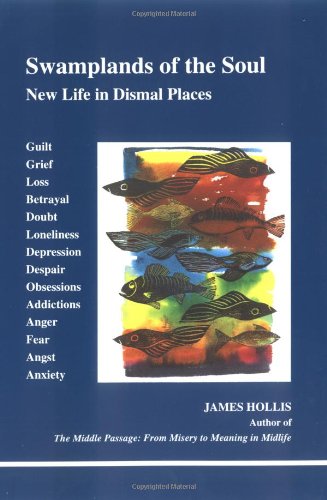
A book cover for Swamplands of the Soul: New Life in Dismal Places (Studies in Jungian Psychology By Jungian Analysts); James Hollis; Science & Math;